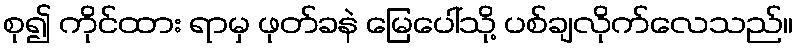
စု၍ ကိုင်ထား ရာမှ ဖုတ်ခနဲ မြေပေါ်သို့ ပစ်ချလိုက်လေသည်။